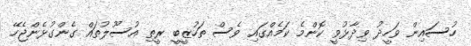
ހުސައިން ވަހީދު ވިދާޅުވީ ކޮންމެ ކަމެއްގައި ވެސް ތަހުޒީބީ ރީތި އުސޫލުތައް ގެންގުޅެންޖެހޭ